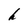
Character: h